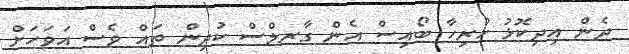
ދެން އިދިކޮޅު ހުރިހާ ބޯއިސް އެން ގާރލްސް ކުދިން ތައް ވެސް އަވަހަށް